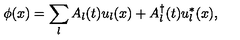
\phi ( x ) = \sum _ { l } A _ { l } ( t ) u _ { l } ( x ) + A _ { l } ^ { \dagger } ( t ) u _ { l } ^ { * } ( x ) ,